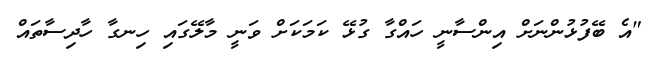
"އެ ބޭފުޅުންނަށް އިންސާނީ ހައްގާ ގުޅޭ ކަމަކަށް ވަނީ މާލޭގައި ހިނގާ ހާދިސާތައް